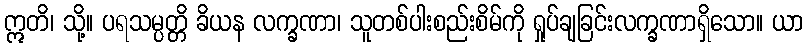
ဣတိ၊ သို့။ ပရသမ္ပတ္တိ ခိယန လက္ခဏာ၊ သူတစ်ပါးစည်းစိမ်ကို ရှုပ်ချခြင်းလက္ခဏာရှိသော။ ယာ